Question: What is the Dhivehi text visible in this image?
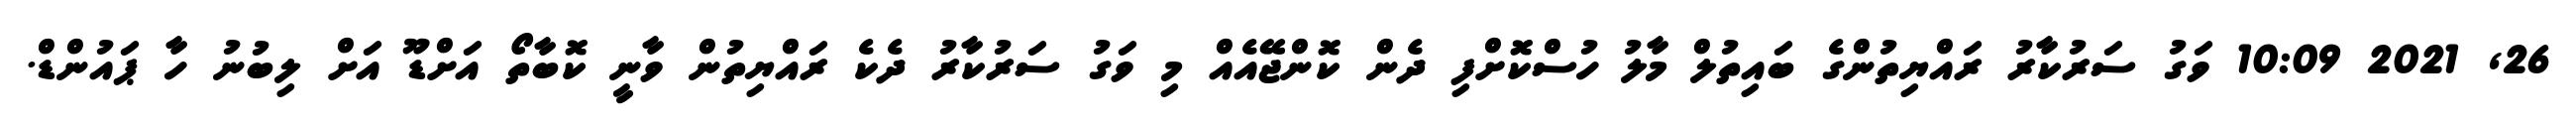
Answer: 26, 2021 10:09 ވަގު ސަރުކާރު ރައްޔިތުންގެ ބައިތުލް މާލު ހުސްކޮށްފި ދެން ކޮންޖޭއެއް މި ވަގު ސަރުކާރު ދެކެ ރައްޔިތުން ވާނީ ކޮބާތޯ އަށްޑޫ އަށް ލިބުނު ހާ ޕައުންޑް.